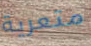
متعرية